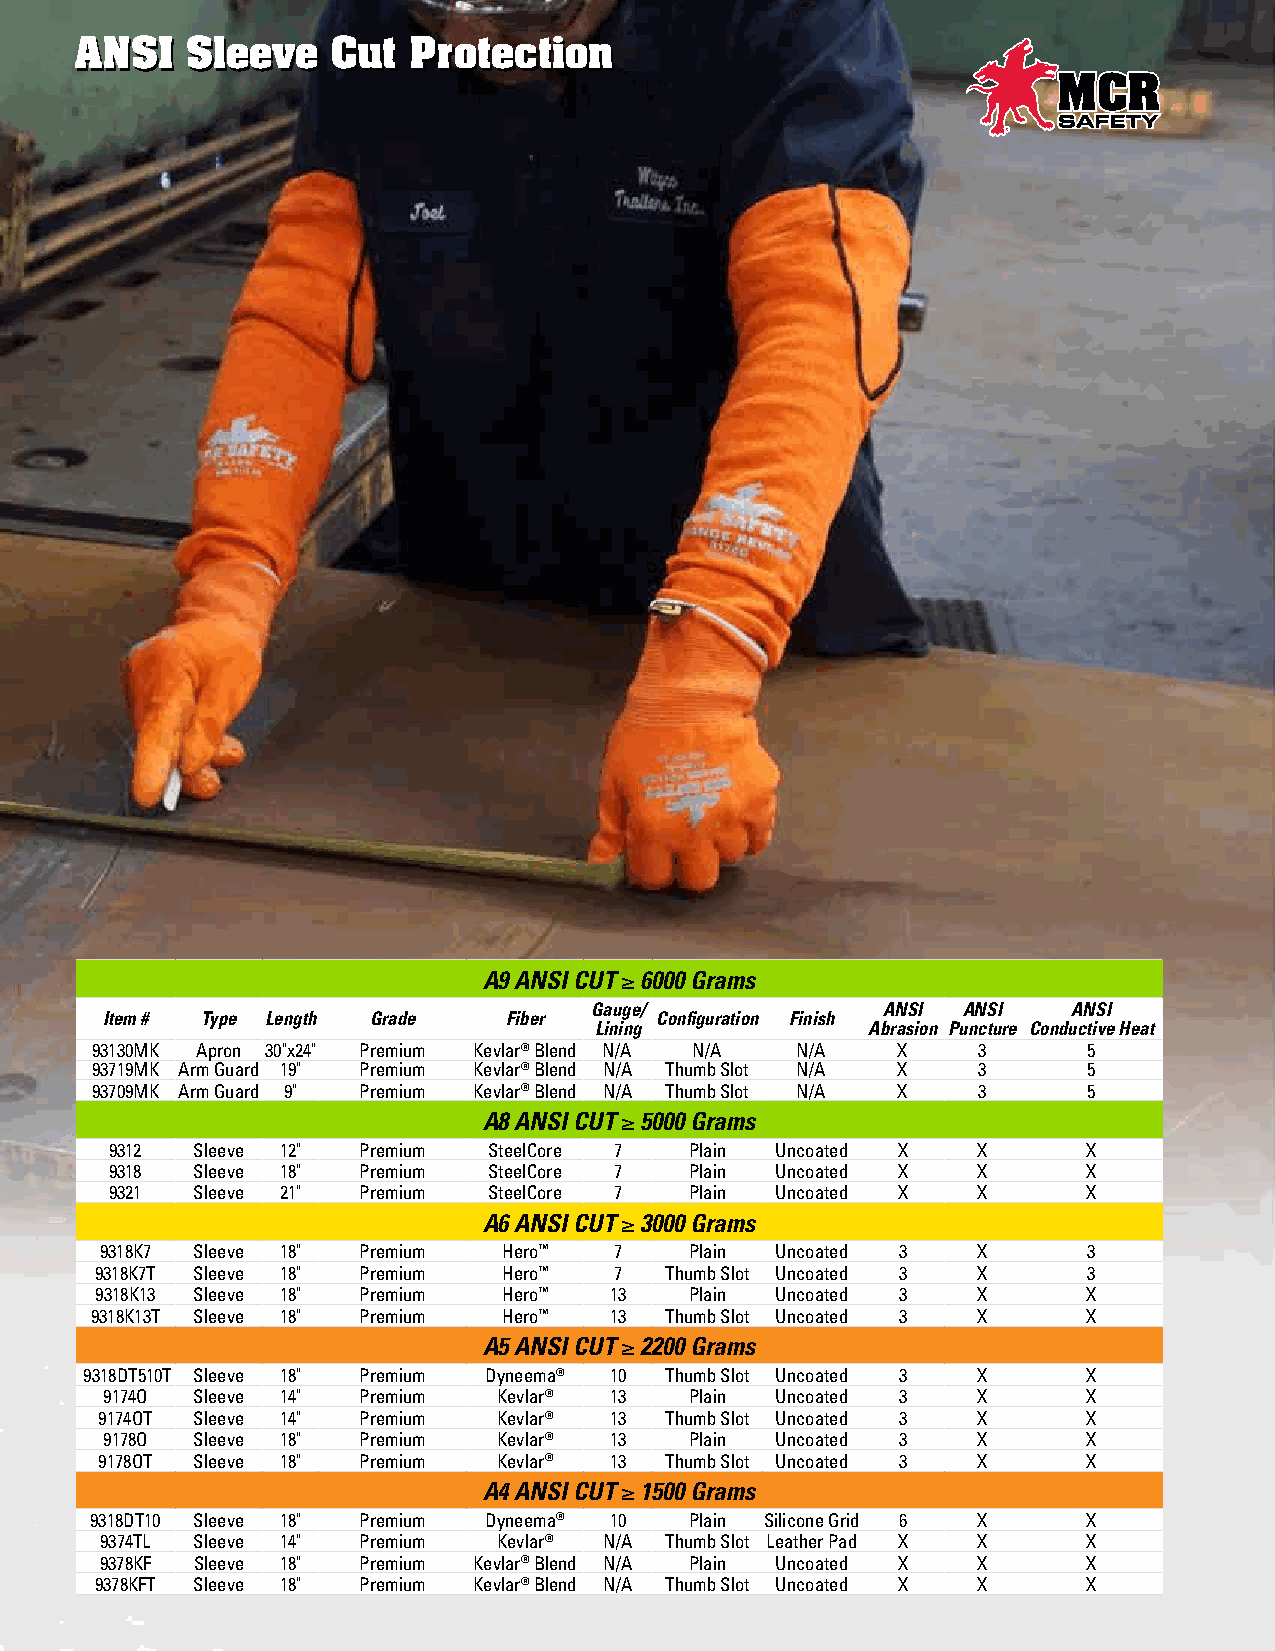
AANNSSII SSlleeeevvee CCuutt PPrrootteeccttiioonn
 A9 ANSI CUT ≥ 6000 Grams
 Gauge/             ANSI  ANSI   ANSI
 Item # Type Length Grade  Fiber     Configuration Finish
 Lining            Abrasion Puncture Conductive Heat
 93130MK Apron 30"x24" Premium Kevlar® Blend N/A N/A N/A X  3      5
 93719MK Arm Guard 19" Premium Kevlar® Blend N/A Thumb Slot N/A X 3 5
 93709MK Arm Guard 9" Premium Kevlar® Blend N/A Thumb Slot N/A X 3 5
 A8 ANSI CUT ≥ 5000 Grams
 9312  Sleeve 12" Premium SteelCore 7   Plain Uncoated X   X      X
 9318  Sleeve 18" Premium SteelCore 7   Plain Uncoated X   X      X
 9321  Sleeve 21" Premium SteelCore 7   Plain Uncoated X   X      X
 A6 ANSI CUT ≥ 3000 Grams
 9318K7 Sleeve 18" Premium Hero™   7    Plain Uncoated 3   X      3
 9318K7T Sleeve 18" Premium Hero™   7  Thumb Slot Uncoated 3 X     3
 9318K13 Sleeve 18" Premium Hero™  13    Plain Uncoated 3   X      X
 9318K13T Sleeve 18" Premium Hero™ 13  Thumb Slot Uncoated 3 X     X
 A5 ANSI CUT ≥ 2200 Grams
 9318DT510T Sleeve 18" Premium Dyneema® 10 Thumb Slot Uncoated 3 X X
 9174O Sleeve 14" Premium  Kevlar® 13   Plain Uncoated 3   X      X
 9174OT Sleeve 14" Premium Kevlar® 13 Thumb Slot Uncoated 3 X     X
 9178O Sleeve 18" Premium  Kevlar® 13   Plain Uncoated 3   X      X
 9178OT Sleeve 18" Premium Kevlar® 13 Thumb Slot Uncoated 3 X     X
 A4 ANSI CUT ≥ 1500 Grams
 9318DT10 Sleeve 18" Premium Dyneema® 10 Plain Silicone Grid 6 X   X
 9374TL Sleeve 14" Premium Kevlar® N/A Thumb Slot Leather Pad X X X
 9378KF Sleeve 18" Premium Kevlar® Blend N/A Plain Uncoated X X   X
 9378KFT Sleeve 18" Premium Kevlar® Blend N/A Thumb Slot Uncoated X X X